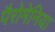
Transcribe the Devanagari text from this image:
पैरोमेनिया